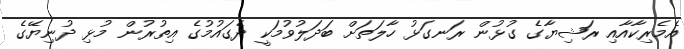
އެމެރިކާއާއި ރަޝިޔާގެ ގުޅުން ރަނގަޅު ހާލަތަށް ބަދަލުވުމަކީ ދެގައުމުގެ އިތުރުން މުޅި ދުނިޔޭގެ